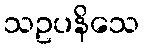
သဥပနိသေ